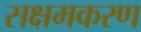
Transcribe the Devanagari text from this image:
सक्षमकरण